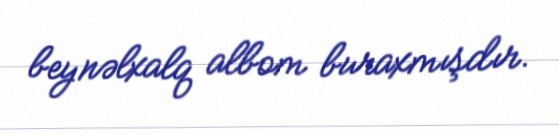
beynəlxalq albom buraxmışdır.